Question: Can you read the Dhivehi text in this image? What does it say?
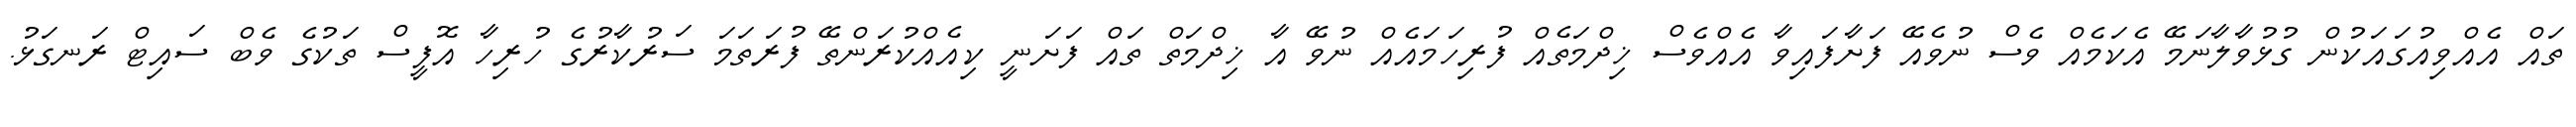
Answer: ތައް އެއްވިއުގައަކުން ގުޅުވާލާނަމޭ އެކަމެއް ވެސް ނުވެއޭ ފަށާފައިވާ އެއްވެސް ޚިދްމަތެއް ފުރިހަމައެއް ނުވޭ އާ ޚިދްމަތް ތައް ފަށަނީ ކިއެއްކުރަންތޭ ފުރަތަމަ ސަރުކާރުގެ ހުރިހާ އޮފީސް ތަކުގެ ވެބް ސައިޓް ރަނގަޅު.